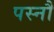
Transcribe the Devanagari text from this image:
पस्नौ